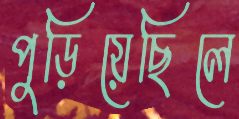
পুড়িয়েছিলে